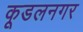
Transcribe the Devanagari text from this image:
कूडलनगर